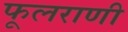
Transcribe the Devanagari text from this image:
फूलराणी